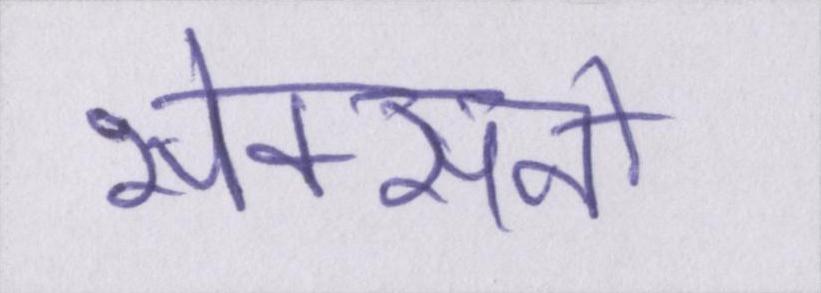
सेक्सनों